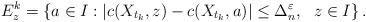
LaTeX: \begin{align*}E^k_z=\left\{a\in I: \left\vert c(X_{t_k},z)-c(X_{t_k},a)\right\vert\leq\Delta_n^{\varepsilon},\ \ z\in I\right\}.\end{align*}